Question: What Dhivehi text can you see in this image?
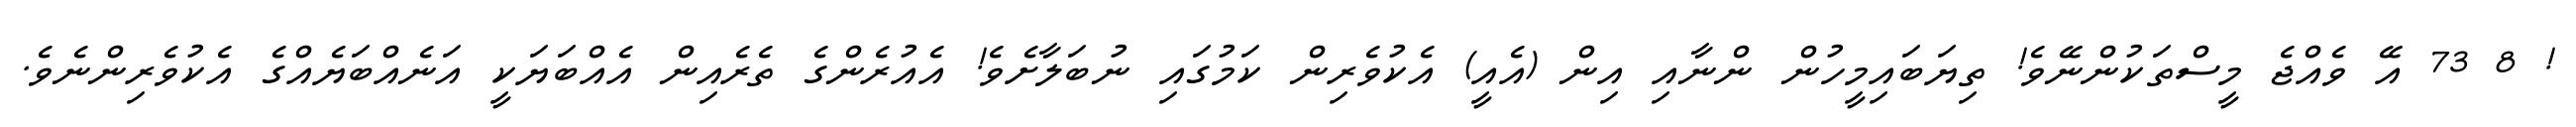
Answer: ! 8 73 އޭ ވެއްޖެ މީސްތަކުންނޭވެ! ތިޔަބައިމީހުން ންނާއި އިން (އެއީ) އެކުވެރިން ކަމުގައި ނުބަލާށެވެ! އެއުރެންގެ ތެރެއިން އެއްބަޔަކީ އަނެއްބަޔެއްގެ އެކުވެރިންނެވެ.